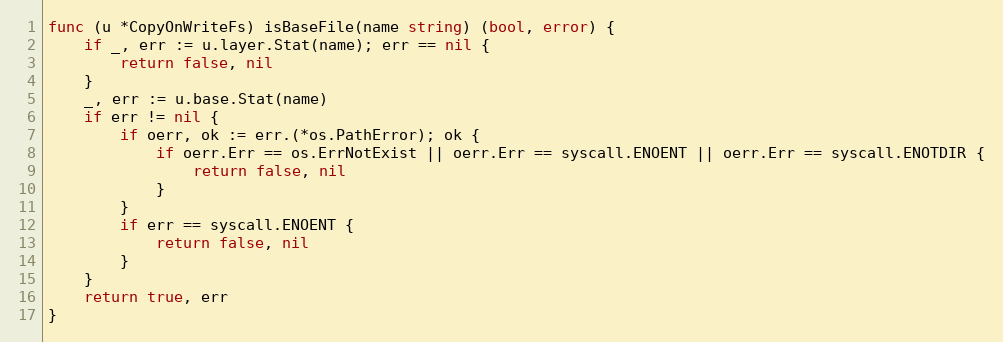
Language: Go
func (u *CopyOnWriteFs) isBaseFile(name string) (bool, error) {
	if _, err := u.layer.Stat(name); err == nil {
		return false, nil
	}
	_, err := u.base.Stat(name)
	if err != nil {
		if oerr, ok := err.(*os.PathError); ok {
			if oerr.Err == os.ErrNotExist || oerr.Err == syscall.ENOENT || oerr.Err == syscall.ENOTDIR {
				return false, nil
			}
		}
		if err == syscall.ENOENT {
			return false, nil
		}
	}
	return true, err
}